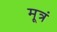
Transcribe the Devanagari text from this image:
मूत्रं